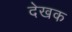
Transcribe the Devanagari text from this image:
देखक